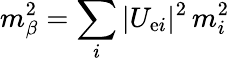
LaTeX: m_{\beta}^{2}=\sum_{i}|U_{\mathrm{e}i}|^{2}\, m_{i}^{2}